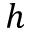
h